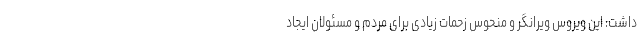
داشت: این ویروس ویرانگر و منحوس زحمات زیادی برای مردم و مسئولان ایجاد